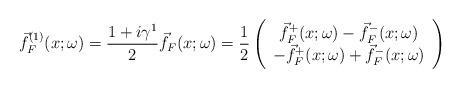
LaTeX: \begin{align*}\vec{f}_F^{(1)}(x;\omega)=\frac{1+i\gamma^1}{2}\vec{f}_F(x;\omega)=\frac{1}{2}\left(\begin{array}{c}\vec{f}_F^+(x;\omega)-\vec{f}_F^-(x;\omega)\\-\vec{f}_F^+(x;\omega)+\vec{f}_F^-(x;\omega)\end{array}\right)\end{align*}